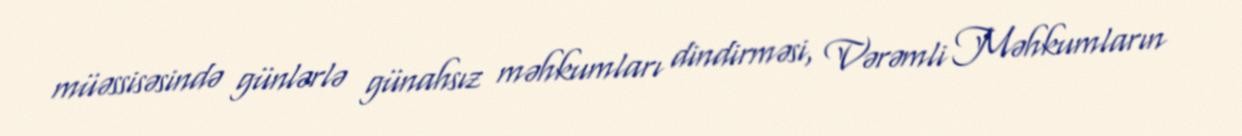
müəssisəsində günlərlə günahsız məhkumları dindirməsi, Vərəmli Məhkumların